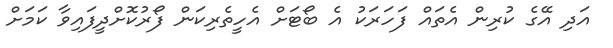
އަދި އޭގެ ކުރިން އެތައް ފަހަރަކު އެ ބޯޓަށް އެހީތެރިކަން ފޯރުކޮށްދީފައިވާ ކަމަށް